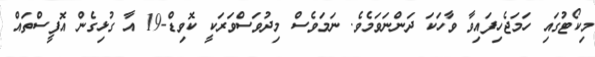
މިކޯޓުގައި ހަމަޖެހިފައިވާ ވާހަކަ ދަންނަވަމެވެ. ނަމަވެސް މިދުވަސްވަރަކީ ކޮވިޑް-19 އާ ގުޅިގެން އޮފީސްތައް